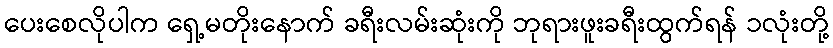
ပေးစေလိုပါက ရှေ့မတိုးနောက် ခရီးလမ်းဆုံးကို ဘုရားဖူးခရီးထွက်ရန် ၁လုံးတို့